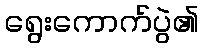
ရွေးကောက်ပွဲ၏